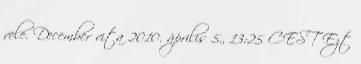
vele. December vita 2010. április 5., 13:25 CEST Ezt